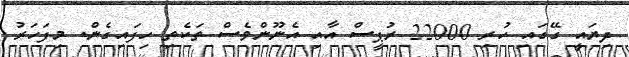
ދިޔައީ ގޭގައި ހުރި 22000 ރުޕީސް އާއި އެނޫންވެސް ތަކެތި ހިފައިގެން. މިފަހަރު